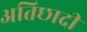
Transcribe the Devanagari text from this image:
अतिछादी